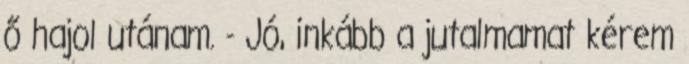
ő hajol utánam. - Jó, inkább a jutalmamat kérem